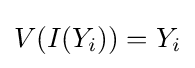
V(I(Y_{i}))=Y_{i}